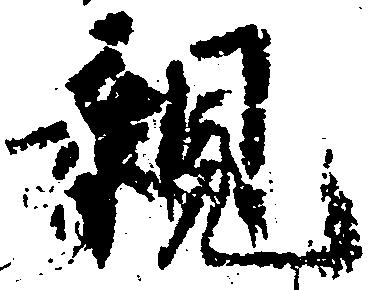
親